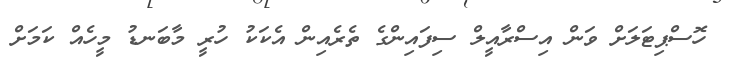
ހޮސްޕިޓަލަށް ވަން އިސްރާއީލް ސިފައިންގެ ތެރެއިން އެކަކު ހުރީ މާބަނޑު މީހެއް ކަމަށް